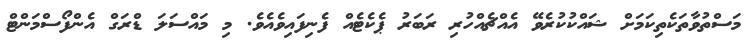
މަސްތުވާތަކެތިކަމަށް ޝައްކުކުރެވޭ އެއްޗެއްހުރި ރަބަރު ޕެކެޓެއް ފެނިފައިވެއެވެ. މި މައްސަލަ ޑްރަގް އެންފޯސްމަންޓް